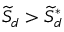
{ \widetilde { \cal S } } _ { d } > { \widetilde { \cal S } } _ { d } ^ { * }